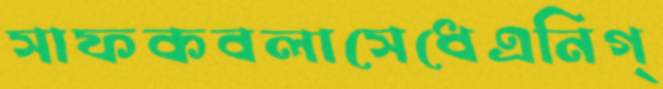
সাফকবলাসেধেএনিগ্